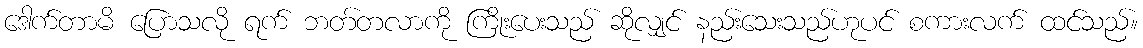
ဒေါက်တာမိ ပြောသလို ရက် ဘတ်တလာကို ကြိုးပေးသည် ဆိုလျှင် နည်းသေးသည်ဟုပင် စကားလက် ထင်သည်။